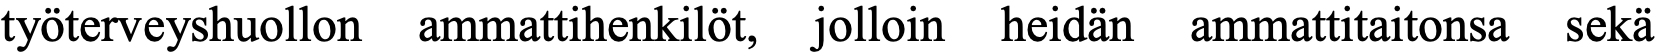
työterveyshuollon ammattihenkilöt, jolloin heidän ammattitaitonsa sekä